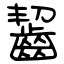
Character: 齧